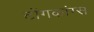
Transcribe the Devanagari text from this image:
टोंगकांग्स